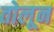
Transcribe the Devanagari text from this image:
तोलून